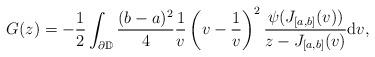
LaTeX: \begin{align*}G(z) = -\frac{1}{2} \int_{\partial \mathbb{D}} \frac{(b-a)^2}{4}\frac{1}{v} \left ( v - \frac{1}{v}\right )^2 \frac{\psi(J_{[a,b]}(v))}{z - J_{[a,b]}(v)} \mathrm{d}v,\end{align*}